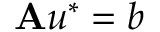
\mathbf { A } \boldsymbol { u } ^ { * } = \boldsymbol { b }